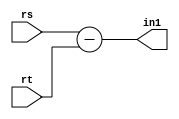
module sub
(
  input  [31:0] rs, rt, 
  output [31:0] in1
);

  
  assign  in1 = rs - rt;
  
endmodule